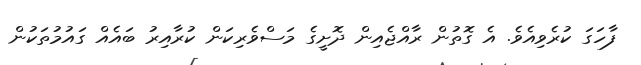
ފާހަގަ ކުރެވިއެވެ. އެ ގޮތުން ރާއްޖެއިން ދޮށީގެ މަސްވެރިކަން ކުރާއިރު ބައެއް ގައުމުތަކުން